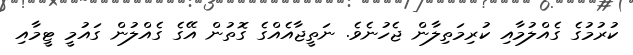
ކުރުމުގެ ގެއްލުމާއި ކުރިމަތިލާން ޖެހުނެވެ. ނަތީޖާއެއްގެ ގޮތުން އޭގެ ގެއްލުން ގައުމީ ޓީމާއި